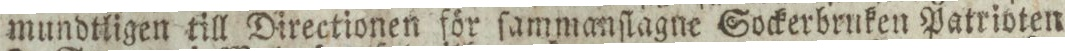
mundtligen till Directionen för ſammanſlagne Sockerbruken Patrioten